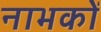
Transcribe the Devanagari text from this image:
नाभकों